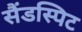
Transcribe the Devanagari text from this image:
सैंडस्पिट